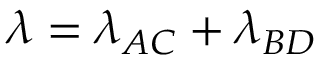
\lambda = \lambda _ { A C } + \lambda _ { B D }